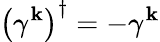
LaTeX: \left(\gamma^{\mathbf{k}}\right)^{\dagger}=-\gamma^{\mathbf{k}}